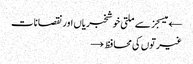
← میسجز سے ملتی خوشخبریاں اور نقصانات
غیرتوں کی محافظ →